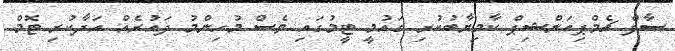
ސާފް ޗެމްޕިއަންޝިޕް ކާމިޔާބުކުރި ގައުމީ ޓީމުގައި ވެސް މުހިންމު ދައުރެއް އަދާކުރި ޓޮމް